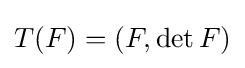
T(F)=(F,\det F)